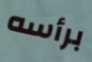
برأسه